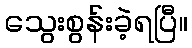
သွေးစွန်းခဲ့ရပြီ။